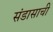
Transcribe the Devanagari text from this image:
संडासाची